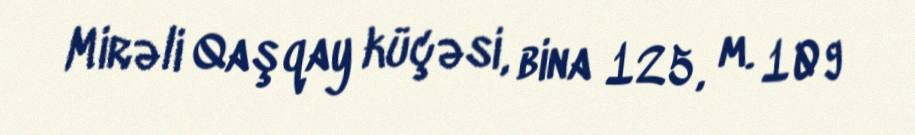
Mirəli Qaşqay küçəsi, bina 125, m. 109